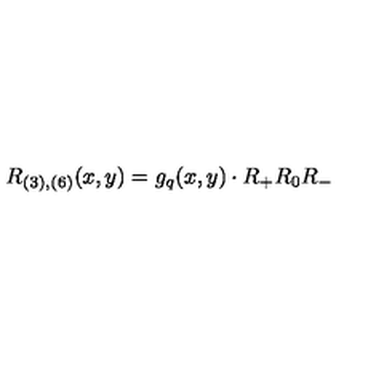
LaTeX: R _ { ( 3 ) , ( 6 ) } ( x , y ) = g _ { q } ( x , y ) \cdot R _ { + } R _ { 0 } R _ { - }